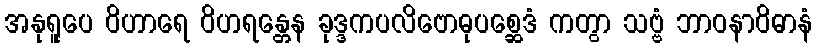
အနုရူပေ ဝိဟာရေ ဝိဟရန္တေန ခုဒ္ဒကပလိဗောဓုပစ္ဆေဒံ ကတွာ သဗ္ဗံ ဘာဝနာဝိဓာနံ